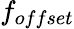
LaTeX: f_{offset}